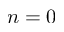
n = 0